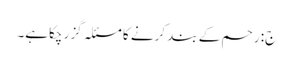
ج: رحم کے بند کرنے کا مسئلہ گزر چکاہے۔